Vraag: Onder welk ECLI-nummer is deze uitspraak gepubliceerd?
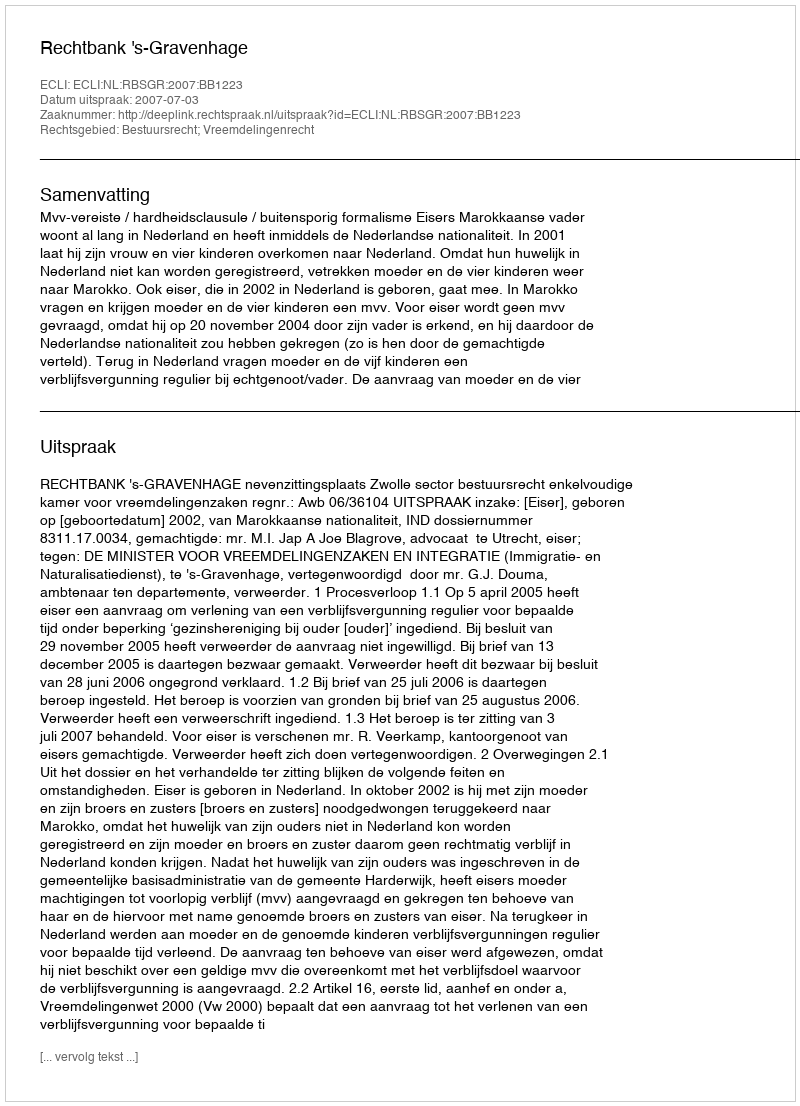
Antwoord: ECLI:NL:RBSGR:2007:BB1223